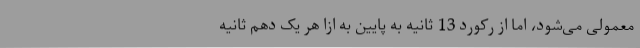
معمولی می‌شود، اما از رکورد 13 ثانیه به پایین به ازا هر یک دهم ثانیه